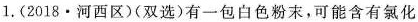
1.(2018·河西区)(双选)有一包白色粉末，可能含有氯化